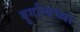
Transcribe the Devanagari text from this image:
बूर्गान्यच्या